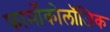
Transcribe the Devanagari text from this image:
फार्मोकोलॉजिक